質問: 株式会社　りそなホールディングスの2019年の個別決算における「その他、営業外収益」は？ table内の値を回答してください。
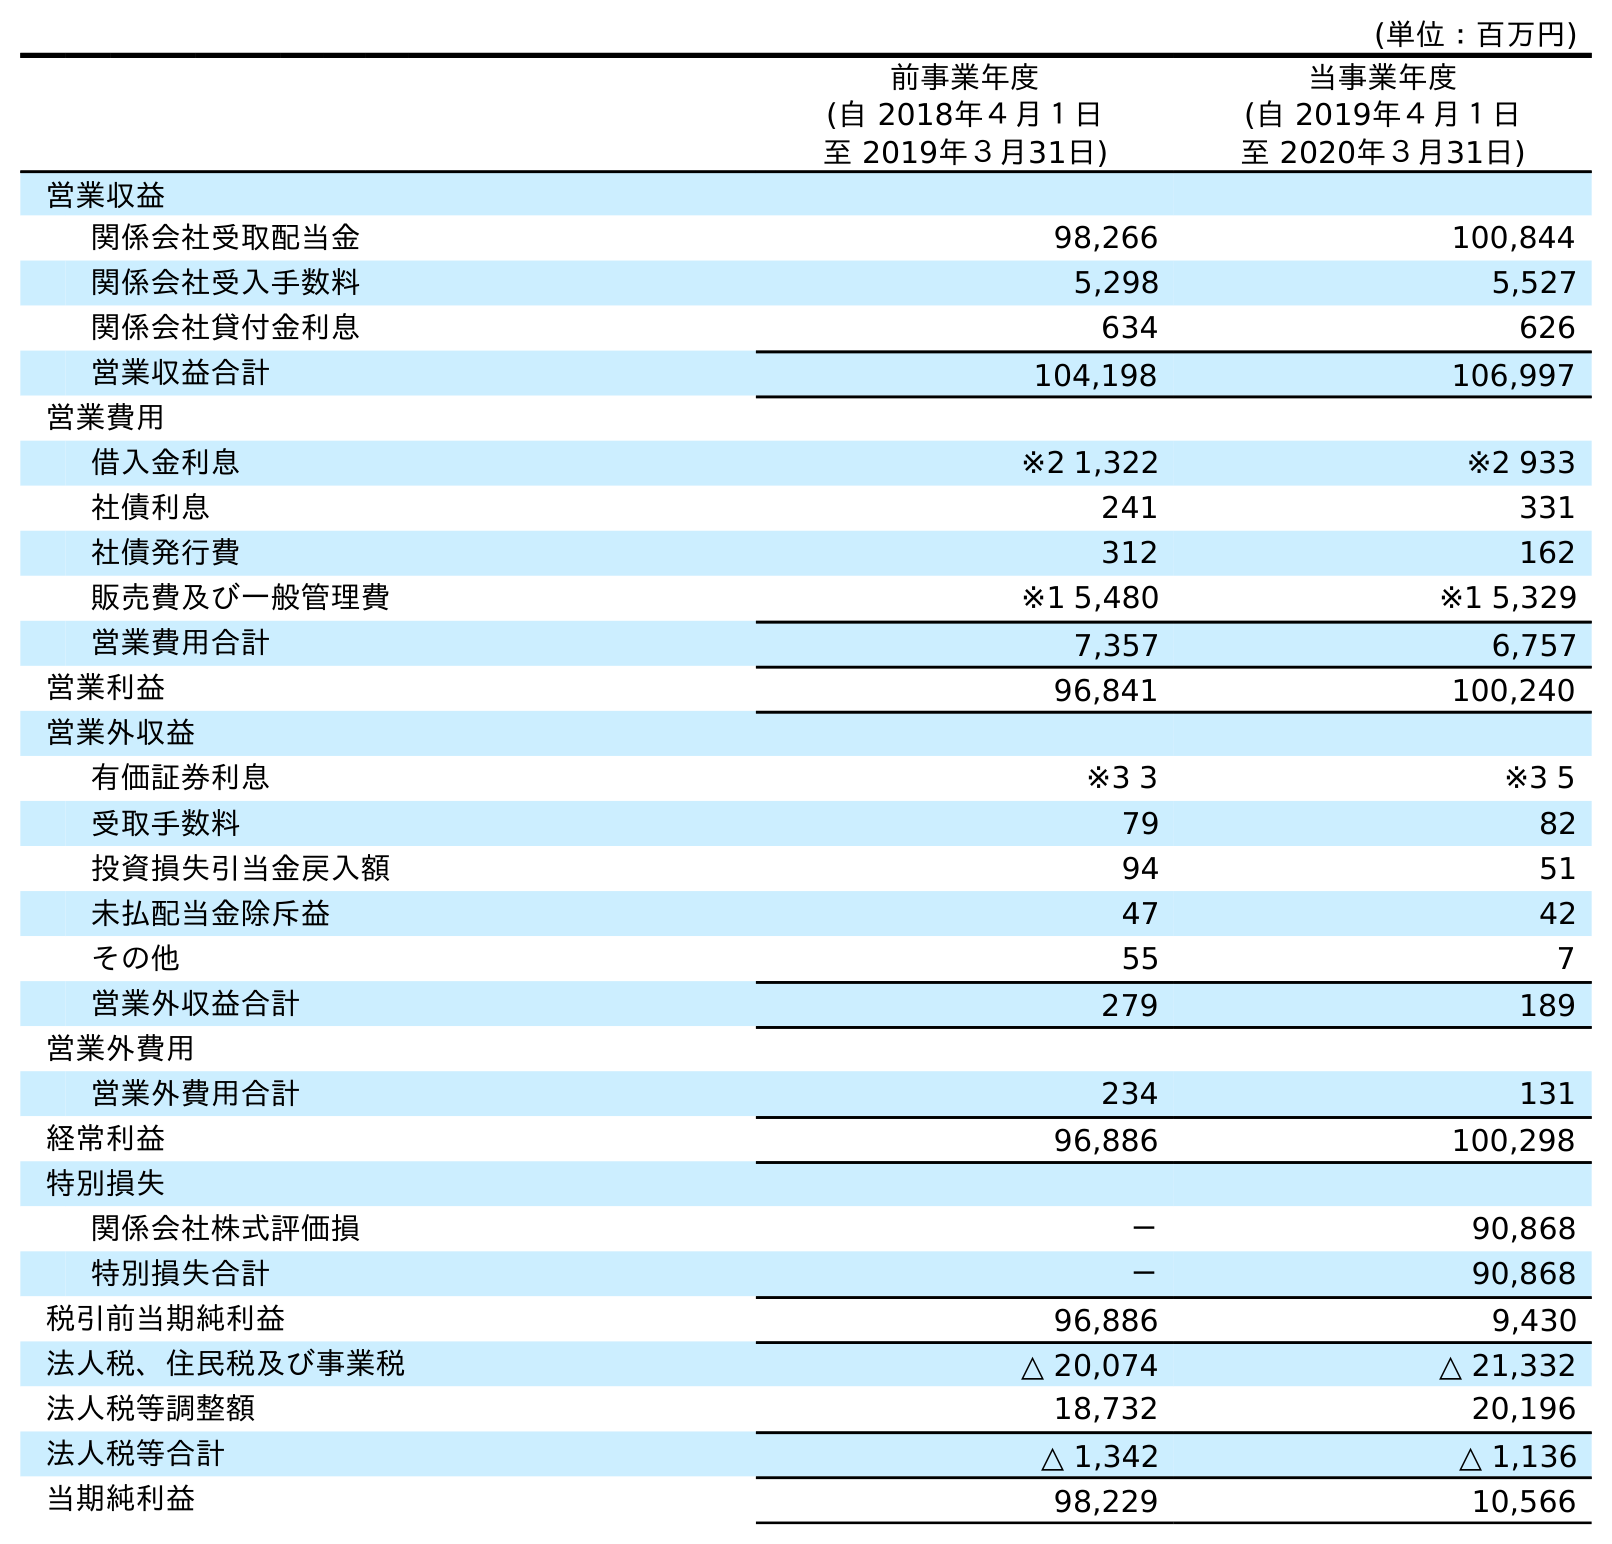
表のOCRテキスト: (単位：百万円) 前事業年度 (自 2018年４月１日 至 2019年３月31日) 当事業年度 (自 2019年４月１日 至 2020年３月31日) 営業収益 関係会社受取配当金 98,266 100,844 関係会社受入手数料 5,298 5,527 関係会社貸付金利息 634 626 営業収益合計 104,198 106,997 営業費用 借入金利息 ※2 1,322 ※2 933 社債利息 241 331 社債発行費 312 162 販売費及び一般管理費 ※1 5,480 ※1 5,329 営業費用合計 7,357 6,757 営業利益 96,841 100,240 営業外収益 有価証券利息 ※3 3 ※3 5 受取手数料 79 82 投資損失引当金戻入額 94 51 未払配当金除斥益 47 42 その他 55 7 営業外収益合計 279 189 営業外費用 営業外費用合計 234 131 経常利益 96,886 100,298 特別損失 関係会社株式評価損 － 90,868 特別損失合計 － 90,868 税引前当期純利益 96,886 9,430 法人税、住民税及び事業税 △ 20,074 △ 21,332 法人税等調整額 18,732 20,196 法人税等合計 △ 1,342 △ 1,136 当期純利益 98,229 10,566
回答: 55